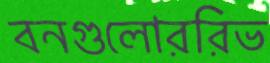
বনগুলোররিভ